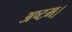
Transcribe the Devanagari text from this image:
अष्टम।